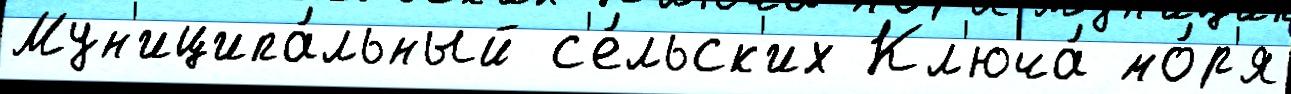
Мун'иципа́льный с'е́льск'их Кл'юча́ мо́р'я